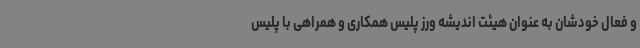
و فعال خودشان به عنوان هیئت اندیشه ورز پلیس همکاری و همراهی با پلیس